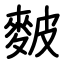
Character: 麬